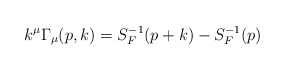
\begin{align*}k^\mu \Gamma_\mu(p,k)=S_F^{-1}(p+k)-S_F^{-1}(p)\end{align*}